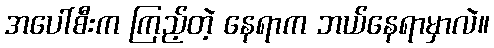
အပေါ်စီးက ကြည့်တဲ့ နေရာက ဘယ်နေရာမှာလဲ။